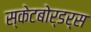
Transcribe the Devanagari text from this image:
स्केटबोर्डर्स